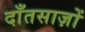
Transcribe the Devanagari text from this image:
दाँतसाज़ों